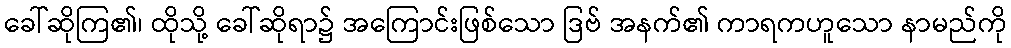
ခေါ်ဆိုကြ၏၊ ထိုသို့ ခေါ်ဆိုရာ၌ အကြောင်းဖြစ်သော ဒြဗ် အနက်၏ ကာရကဟူသော နာမည်ကို